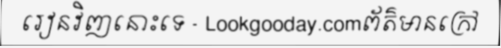
រៀនវិញនោះទេ - Lookgooday.comព័ត៌មានក្រៅ